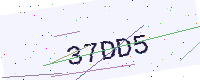
Text: 37DD5